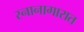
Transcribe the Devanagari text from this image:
स्नानागारात